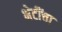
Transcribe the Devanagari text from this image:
भेटींचा